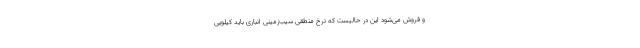
و فروش می‌شود این در حالیست که نرخ منطقی سیب‌زمینی انباری باید کیلویی